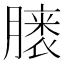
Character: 𪱭